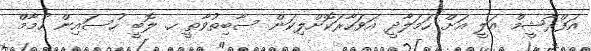
އަފްރާޝީމް އަލީ އަށް ހަމަލާދީ އަވަހާރަކޮށްލިކަން ސާބިތުވާތީ ހ. ލޮބީ ހުސައިން ހުމާމް